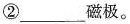
②___磁极。